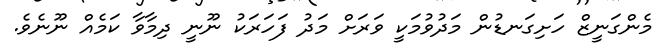
މެންގަނީޒް ހަށިގަނޑުން މަދުވުމަކީ ވަރަށް މަދު ފަހަރަކު ނޫނީ ދިމާވާ ކަމެއް ނޫނެވެ.